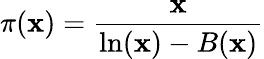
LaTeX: \pi(\mathbf{x})={\frac{{\mathbf{x}}}{{\ln(\mathbf{x})-B(\mathbf{x})}}}